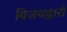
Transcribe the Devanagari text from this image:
विजयद्वारों